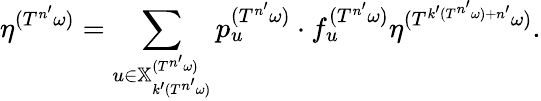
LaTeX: \eta^{(T^{n^{\prime}}\omega)}=\sum_{u\in\mathbb{X}_{k^{\prime}(T^{n^{\prime}}\omega)}^{(T^{n^{\prime}}\omega)}}p_{u}^{(T^{n^{\prime}}\omega)}\cdot f_{u}^{(T^{n^{\prime}}\omega)}\eta^{(T^{k^{\prime}(T^{n^{\prime}}\omega)+n^{\prime}}\omega)}.